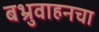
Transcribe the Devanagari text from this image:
बभ्रुवाहनचा